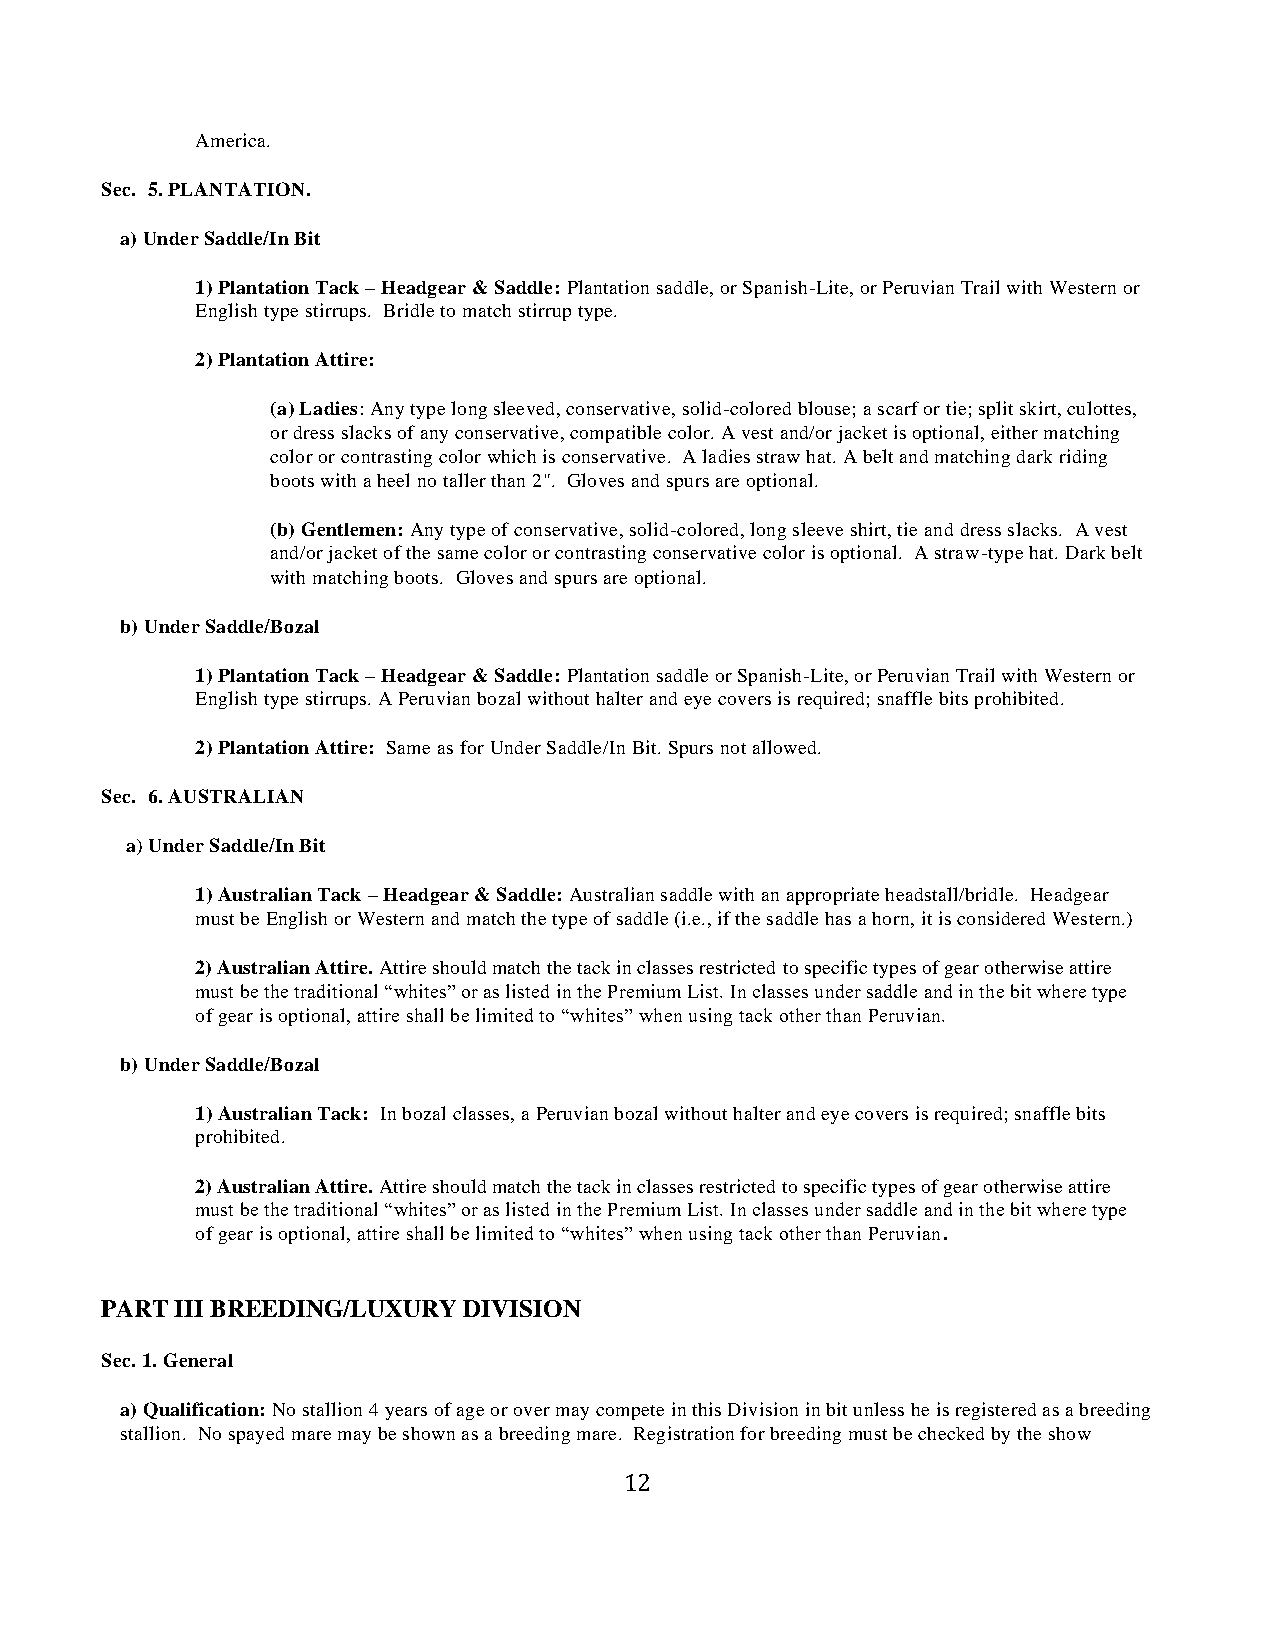
America.
 Sec. 5. PLANTATION.
 a) Under Saddle/In Bit
 1) Plantation Tack – Headgear & Saddle: Plantation saddle, or Spanish-Lite, or Peruvian Trail with Western or
 English type stirrups. Bridle to match stirrup type.
 2) Plantation Attire:
 (a) Ladies: Any type long sleeved, conservative, solid-colored blouse; a scarf or tie; split skirt, culottes,
 or dress slacks of any conservative, compatible color. A vest and/or jacket is optional, either matching
 color or contrasting color which is conservative. A ladies straw hat. A belt and matching dark riding
 boots with a heel no taller than 2". Gloves and spurs are optional.
 (b) Gentlemen: Any type of conservative, solid-colored, long sleeve shirt, tie and dress slacks. A vest
 and/or jacket of the same color or contrasting conservative color is optional. A straw-type hat. Dark belt
 with matching boots. Gloves and spurs are optional.
 b) Under Saddle/Bozal
 1) Plantation Tack – Headgear & Saddle: Plantation saddle or Spanish-Lite, or Peruvian Trail with Western or
 English type stirrups. A Peruvian bozal without halter and eye covers is required; snaffle bits prohibited.
 2) Plantation Attire: Same as for Under Saddle/In Bit. Spurs not allowed.
 Sec. 6. AUSTRALIAN
 a) Under Saddle/In Bit
 1) Australian Tack – Headgear & Saddle: Australian saddle with an appropriate headstall/bridle. Headgear
 must be English or Western and match the type of saddle (i.e., if the saddle has a horn, it is considered Western.)
 2) Australian Attire. Attire should match the tack in classes restricted to specific types of gear otherwise attire
 must be the traditional “whites” or as listed in the Premium List. In classes under saddle and in the bit where type
 of gear is optional, attire shall be limited to “whites” when using tack other than Peruvian.
 b) Under Saddle/Bozal
 1) Australian Tack: In bozal classes, a Peruvian bozal without halter and eye covers is required; snaffle bits
 prohibited.
 2) Australian Attire. Attire should match the tack in classes restricted to specific types of gear otherwise attire
 must be the traditional “whites” or as listed in the Premium List. In classes under saddle and in the bit where type
 of gear is optional, attire shall be limited to “whites” when using tack other than Peruvian.
 PART III BREEDING/LUXURY DIVISION
 Sec. 1. General
 a) Qualification: No stallion 4 years of age or over may compete in this Division in bit unless he is registered as a breeding
 stallion. No spayed mare may be shown as a breeding mare. Registration for breeding must be checked by the show
 12